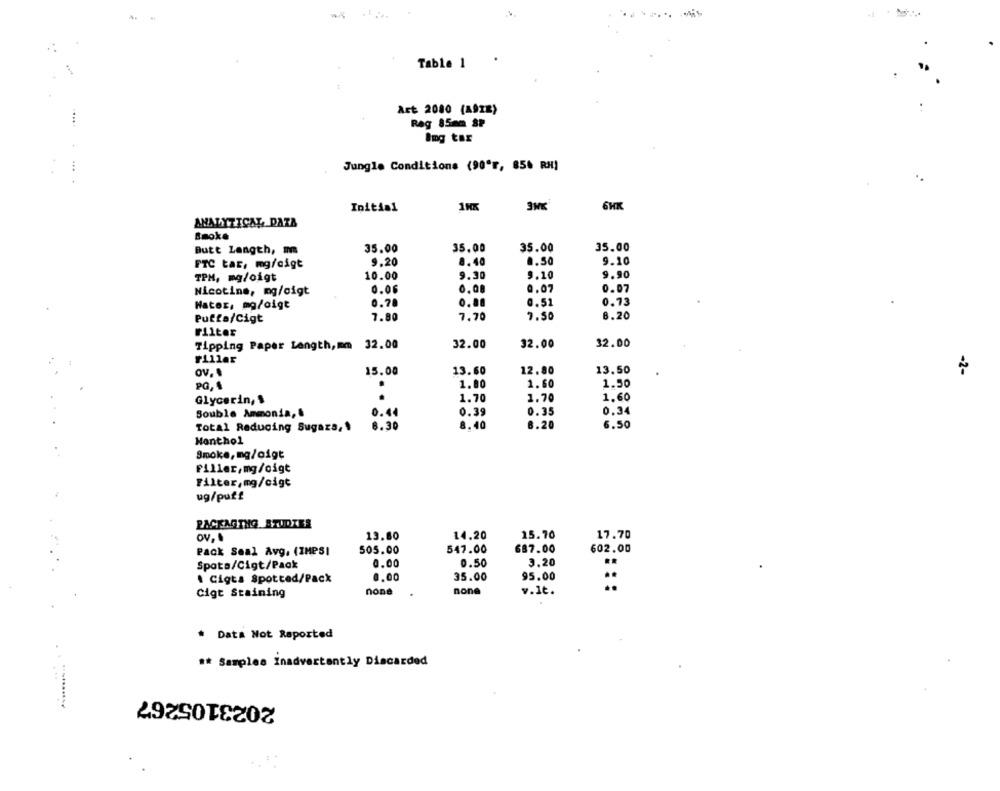
Table 1
Act 2080 (A9zE)
Reg 85mm SP
Jungle Conditions (90'r, 85% RH)
1HK
6HK
Initial
ANALYTICAL, DAZA
Smoke
Butt Length, m
35.00
35.00
35.00
35.00
9.20
8.40
0.50
9.10
FTC tar, mg/cigt
TPM, mg/oigt
10.00
9.30
9.10
9.90
Nicotine, mg/oigt
0.06
0,08
0.07
0.07
0.78
0.51
0.73
Hater, mg/oigt
0.88
7.80
7,70
7.50
8.20
Puffa/Cigt
Filter
Tipping Paper Length, mm 32.00
32.00
32.00
32.00
ov.
15.00
13.60
12.80
13.50
-2-
PG, 1
.
1.00
1.60
1.50
Glycerin, $
1.70
1.70
1.60
0.44
0.39
0.35
0.34
Souble Ammonia, &
Total Reducing Sugaza,
8.30
8.40
8.20
6.50
Nenthol
Smoke, mg/oigt
Filler,mg/oigt
Filter,mg/cigt
ug/puff
PACKAGING STUDIES
ov. .
13.80
14.20
15.70
17.70
Pack Seal Avg. (IMPSI
505.00
547.00
687.00
602.00
0.00
0.50
3.20
Spota/Cigt/Pack
**
0.00
35.00
95.00
. Cigta Spotted/Pack
..
Cigt Staining
none
none
v.It.
* Data Not Reported
** Samples Inadvertently Discarded
2023105267